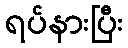
ရပ်နားပြီး